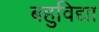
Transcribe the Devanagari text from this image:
बहुविद्या